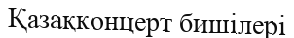
Қазақконцерт бишілері